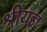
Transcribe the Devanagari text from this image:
श्रीयज्ञ